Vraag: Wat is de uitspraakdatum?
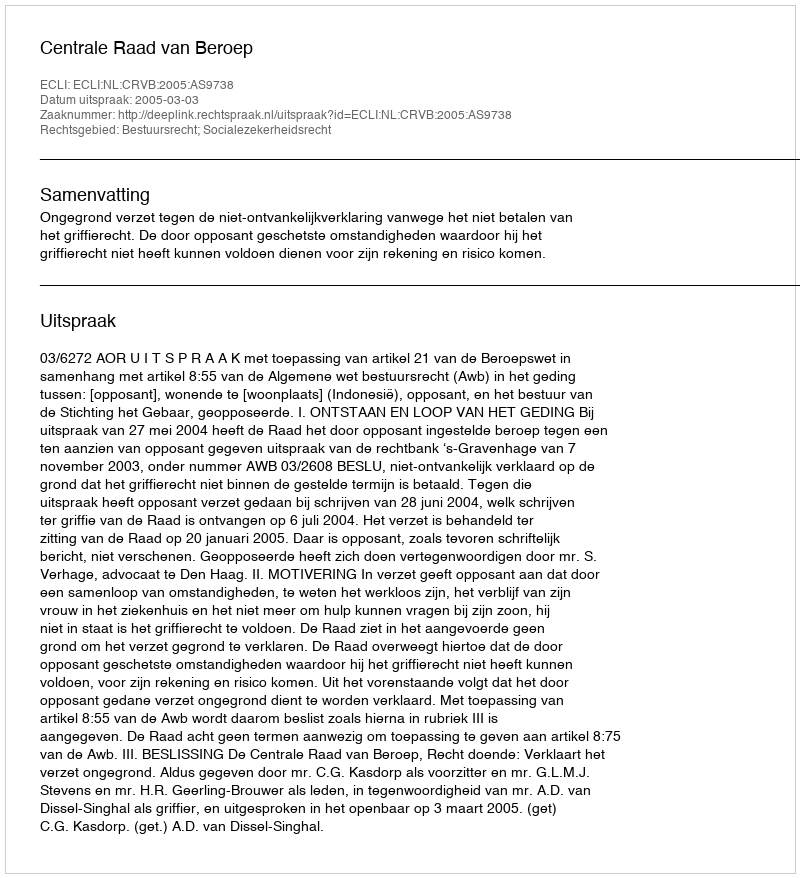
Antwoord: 2005-03-03